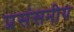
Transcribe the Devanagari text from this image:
प्रसंसनीय